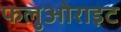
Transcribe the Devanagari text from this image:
फलुओराइट